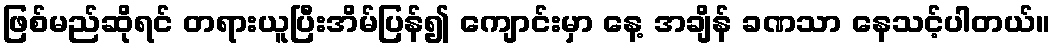
ဖြစ်မည်ဆိုရင် တရားယူပြီးအိမ်ပြန်၍ ကျောင်းမှာ နေ့ အချိန် ခဏသာ နေသင့်ပါတယ်။